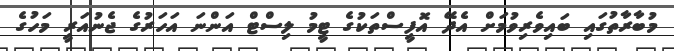
މުބާރާތުގައި ބައިވެރިވުމަށް އެދޭ އޮފީސްތަކުގެ ޓީމު ލިސްޓް އަންނަ އަހަރުގެ ޖެނުއަރީ މަހުގެ